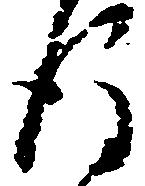
後